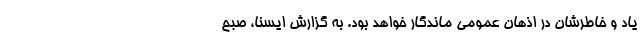
یاد و خاطرشان در اذهان عمومی ماندگار خواهد بود. به گزارش ایسنا، صبح